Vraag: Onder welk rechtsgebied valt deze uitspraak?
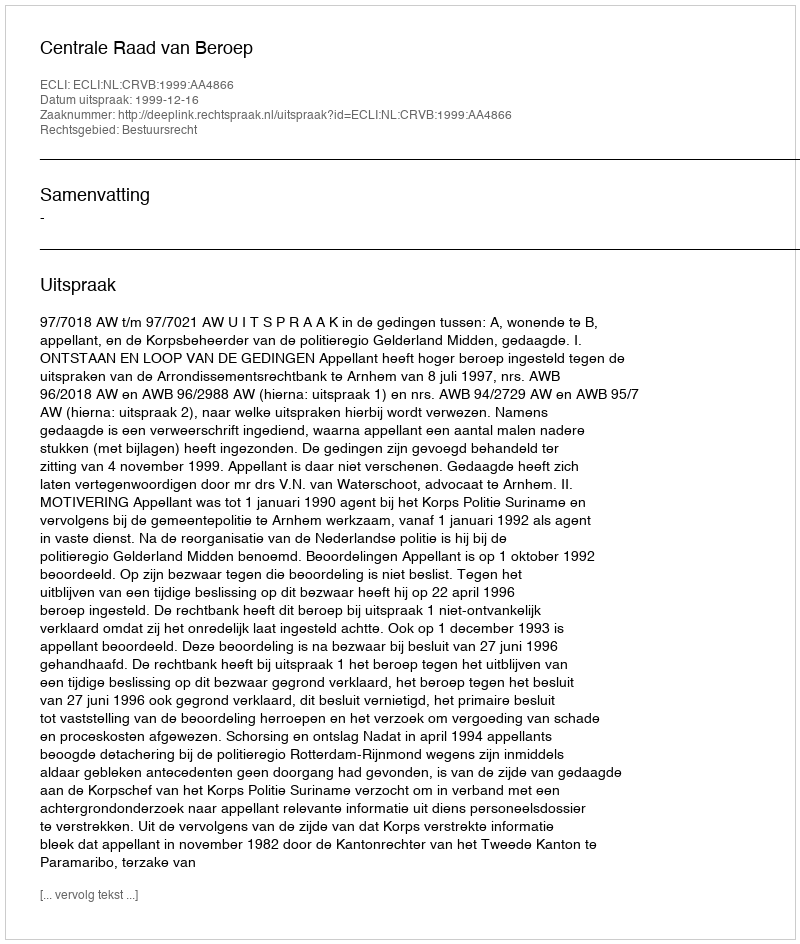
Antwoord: Bestuursrecht